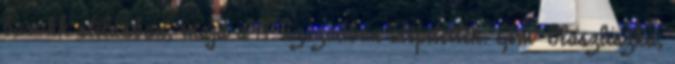
barokk stílusban, majd a 19. században átépítették. Cím: Olaszliszka,